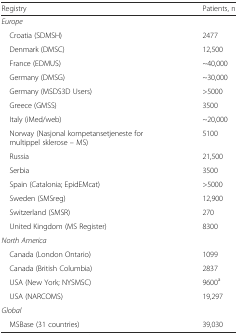
| Registry | Patients, n |
 | --- | --- |
 | <COLSPAN=2> Europe |
 | Croatia (SDMSH) | 2477 |
 | Denmark (DMSC) | 12,500 |
 | France (EDMUS) | ~40,000 |
 | Germany (DMSG) | ~30,000 |
 | Germany (MSDS3D Users) | >5000 |
 | Greece (GMSS) | 3500 |
 | Italy (iMed/web) | ~20,000 |
 | Norway (Nasjonal kompetansetjeneste for multippel sklerose – MS) | 5100 |
 | Russia | 21,500 |
 | Serbia | 3500 |
 | Spain (Catalonia; EpidEMcat) | >5000 |
 | Sweden (SMSreg) | 12,900 |
 | Switzerland (SMSR) | 270 |
 | United Kingdom (MS Register) | 8300 |
 | <COLSPAN=2> North America |
 | Canada (London Ontario) | 1099 |
 | Canada (British Columbia) | 2837 |
 | USA (New York; NYSMSC) | 9600a |
 | USA (NARCOMS) | 19,297 |
 | <COLSPAN=2> Global |
 | MSBase (31 countries) | 39,030 |